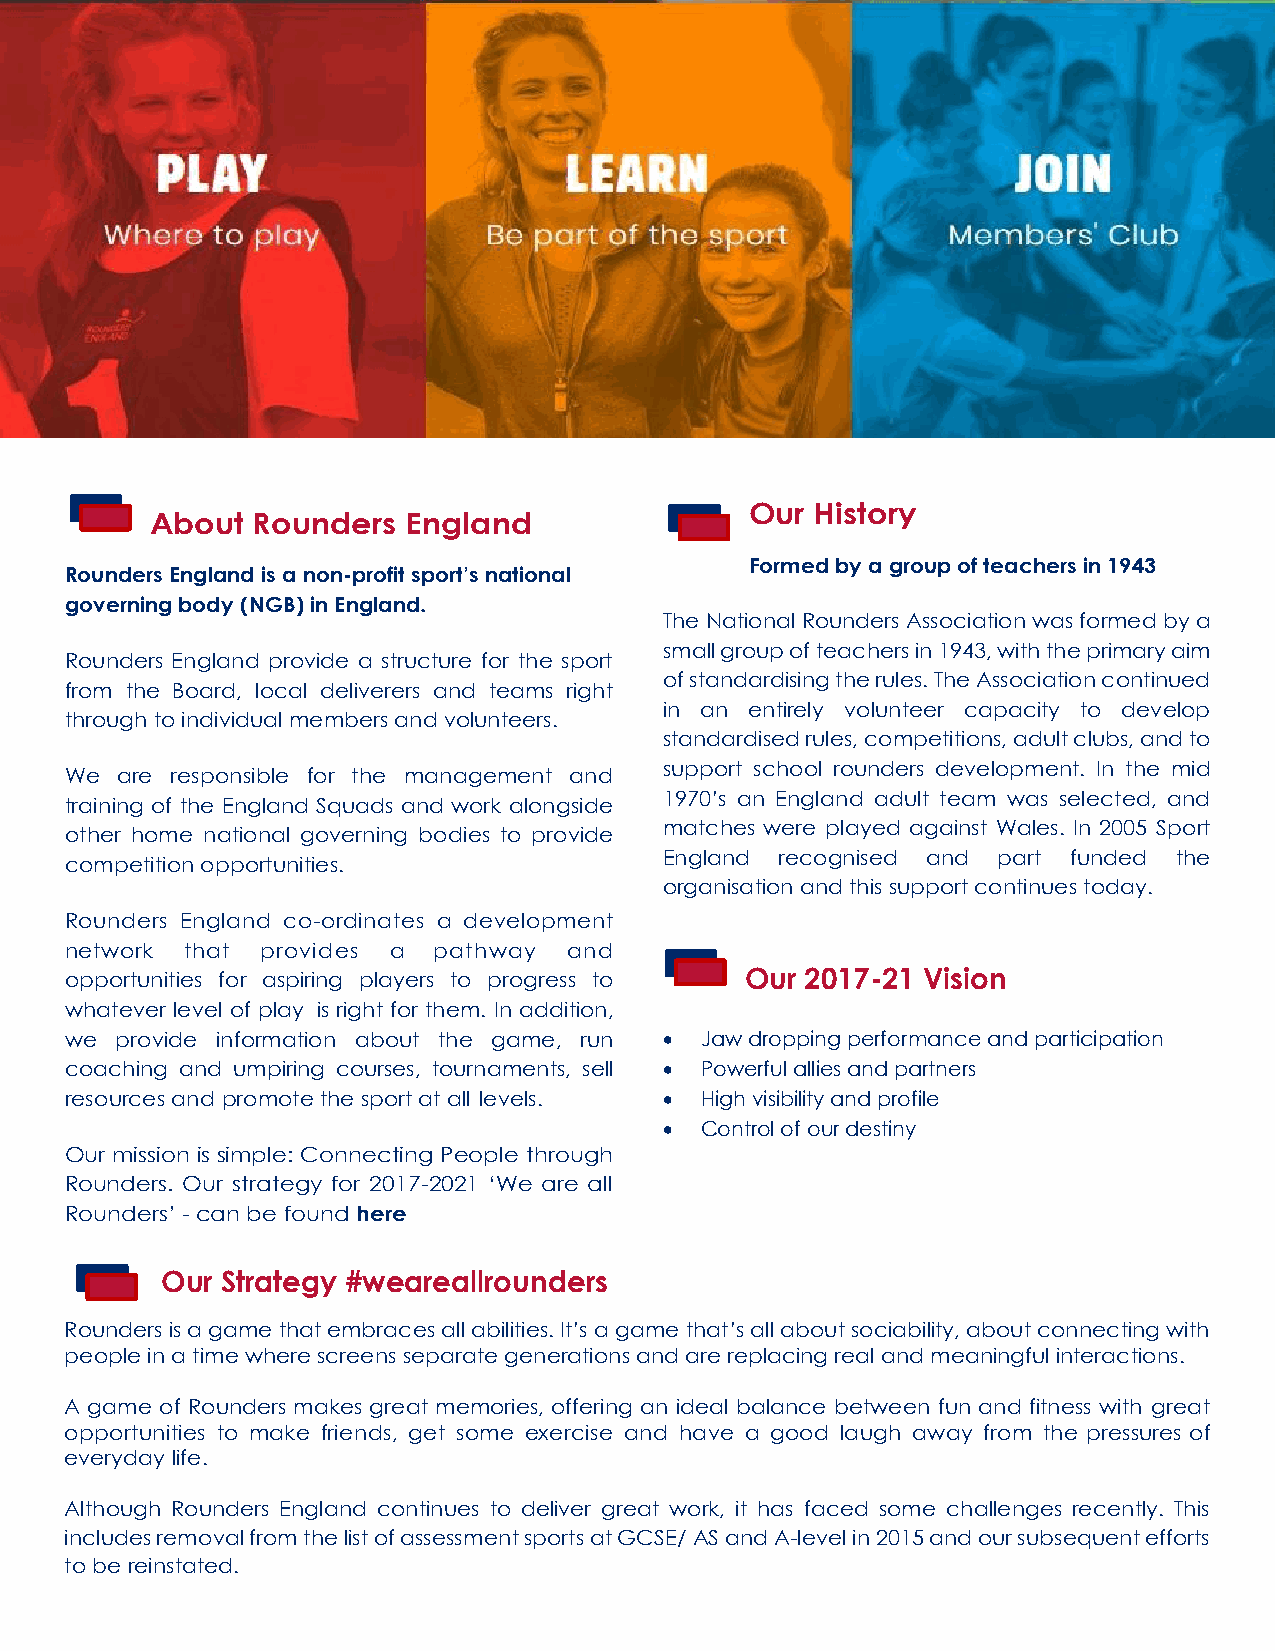
Our History
 About  Rounders  England
 Formed by a group of teachers in 1943
 Rounders England is a non-profit sport’s national
 governing body (NGB) in England.
 The National Rounders Association was formed by a
 small group of teachers in 1943, with the primary aim
 Rounders England provide a structure for the sport
 of standardising the rules. The Association continued
 from the Board, local deliverers and teams right
 in an entirely volunteer capacity to develop
 through to individual members and volunteers.
 standardised rules, competitions, adult clubs, and to
 support school rounders development. In the mid
 We  are responsible for the management and
 1970’s an England adult team was selected, and
 training of the England Squads and work alongside
 matches were played against Wales. In 2005 Sport
 other home national governing bodies to provide
 England recognised and part funded the
 competition opportunities.
 organisation and this support continues today.
 Rounders England co-ordinates a development
 network that provides a  pathway  and
 opportunities for aspiring players to progress to Our 2017-21 Vision
 whatever level of play is right for them. In addition,
 we  provide information about the game, run • Jaw dropping performance and participation
 coaching and umpiring courses, tournaments, sell • Powerful allies and partners
 resources and promote the sport at all levels. • High visibility and profile
 • Control of our destiny
 Our mission is simple: Connecting People through
 Rounders. Our strategy for 2017-2021 ‘We are all
 Rounders’ - can be found here
 Our Strategy #weareallrounders
 Rounders is a game that embraces all abilities. It’s a game that’s all about sociability, about connecting with
 people in a time where screens separate generations and are replacing real and meaningful interactions.
 A game of Rounders makes great memories, offering an ideal balance between fun and fitness with great
 opportunities to make friends, get some exercise and have a good laugh away from the pressures of
 everyday life.
 Although Rounders England continues to deliver great work, it has faced some challenges recently. This
 includes removal from the list of assessment sports at GCSE/ AS and A-level in 2015 and our subsequent efforts
 to be reinstated.